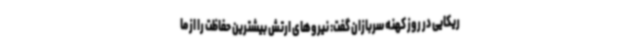
ریکایی در روز کهنه سربازان گفت: نیروهای ارتش بیشترین حفاظت را از ما